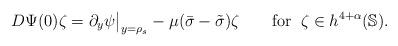
LaTeX: \begin{align*} D\Psi(0)\zeta = \partial_y \psi\big|_{y=\rho_s} - \mu(\bar\sigma-\tilde\sigma)\zeta \qquad\mbox{for}\;\; \zeta\in h^{4+\alpha}(\Bbb S).\end{align*}